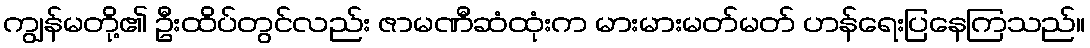
ကျွန်မတို့၏ ဦးထိပ်တွင်လည်း ဇာမဏီဆံထုံးက မားမားမတ်မတ် ဟန်ရေးပြနေကြသည်။